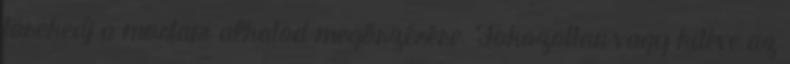
törekedj a mostani alkatod megőrzésére. Fokozottan vagy kitéve az